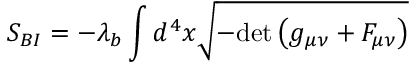
S _ { B I } = - \lambda _ { b } \int { d ^ { 4 } x \sqrt { - \mathrm { d e t } \left( g _ { \mu \nu } + F _ { \mu \nu } \right) } }